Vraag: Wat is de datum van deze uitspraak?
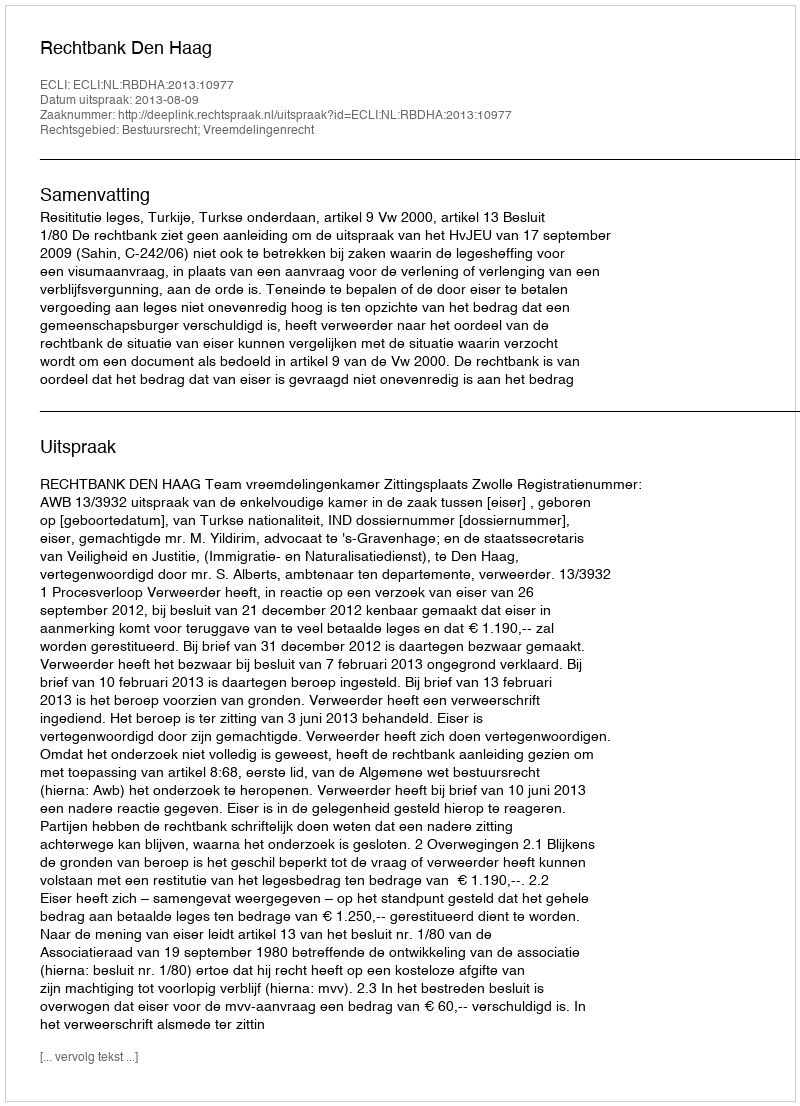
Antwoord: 2013-08-09